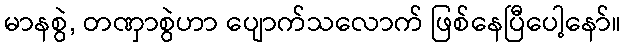
မာနစွဲ, တဏှာစွဲဟာ ပျောက်သလောက် ဖြစ်နေပြီပေါ့နော်။